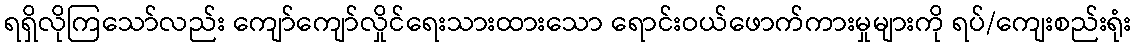
ရရှိလိုကြသော်လည်း ကျော်ကျော်လှိုင်ရေးသားထားသော ရောင်းဝယ်ဖောက်ကားမှုများကို ရပ်/ကျေးစည်းရုံး